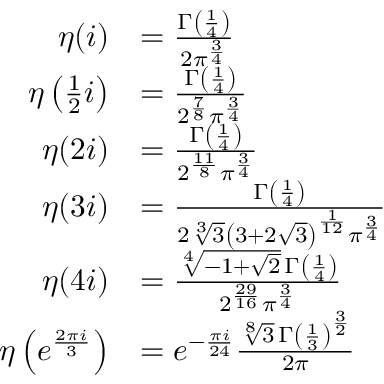
{ \begin{array} { r l } { \eta ( i ) } & { = { \frac { \Gamma \left( { \frac { 1 } { 4 } } \right) } { 2 \pi ^ { \frac { 3 } { 4 } } } } } \\ { \eta \left( { \frac { 1 } { 2 } } i \right) } & { = { \frac { \Gamma \left( { \frac { 1 } { 4 } } \right) } { 2 ^ { \frac { 7 } { 8 } } \pi ^ { \frac { 3 } { 4 } } } } } \\ { \eta ( 2 i ) } & { = { \frac { \Gamma \left( { \frac { 1 } { 4 } } \right) } { 2 ^ { \frac { 1 1 } { 8 } } \pi ^ { \frac { 3 } { 4 } } } } } \\ { \eta ( 3 i ) } & { = { \frac { \Gamma \left( { \frac { 1 } { 4 } } \right) } { 2 { \sqrt [ { 3 } ] { 3 } } \left( 3 + 2 { \sqrt { 3 } } \right) ^ { \frac { 1 } { 1 2 } } \pi ^ { \frac { 3 } { 4 } } } } } \\ { \eta ( 4 i ) } & { = { \frac { { \sqrt [ { 4 } ] { - 1 + { \sqrt { 2 } } } } \, \Gamma \left( { \frac { 1 } { 4 } } \right) } { 2 ^ { \frac { 2 9 } { 1 6 } } \pi ^ { \frac { 3 } { 4 } } } } } \\ { \eta \left( e ^ { \frac { 2 \pi i } { 3 } } \right) } & { = e ^ { - { \frac { \pi i } { 2 4 } } } { \frac { { \sqrt [ { 8 } ] { 3 } } \, \Gamma \left( { \frac { 1 } { 3 } } \right) ^ { \frac { 3 } { 2 } } } { 2 \pi } } } \end{array} }